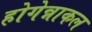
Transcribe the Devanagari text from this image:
होगेन्नाकल